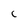
Character: C